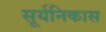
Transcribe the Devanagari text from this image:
सूर्यनिकास